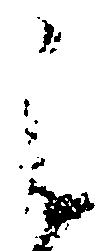
之